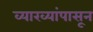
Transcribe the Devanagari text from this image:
व्याख्यांपासून